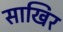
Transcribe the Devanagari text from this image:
साखिर